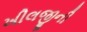
ખીલજીની